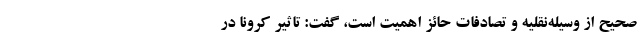
صحیح از وسیله‌نقلیه و تصادفات حائز اهمیت است، گفت: تاثیر کرونا در